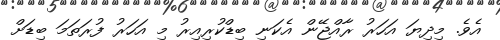
އެވެ. މިދިޔަ އަހަރު ރާއްޖޭން އެކަނި ބިޑްކުރިއިރު މި އަހަރު ފުރަތަމަ ބިޑަށް